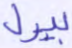
بيرل